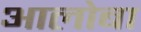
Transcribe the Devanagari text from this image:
आलोबा